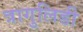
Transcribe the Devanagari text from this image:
त्रागुलिडी